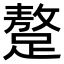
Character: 𨅚